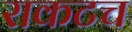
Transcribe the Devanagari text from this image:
राकटच